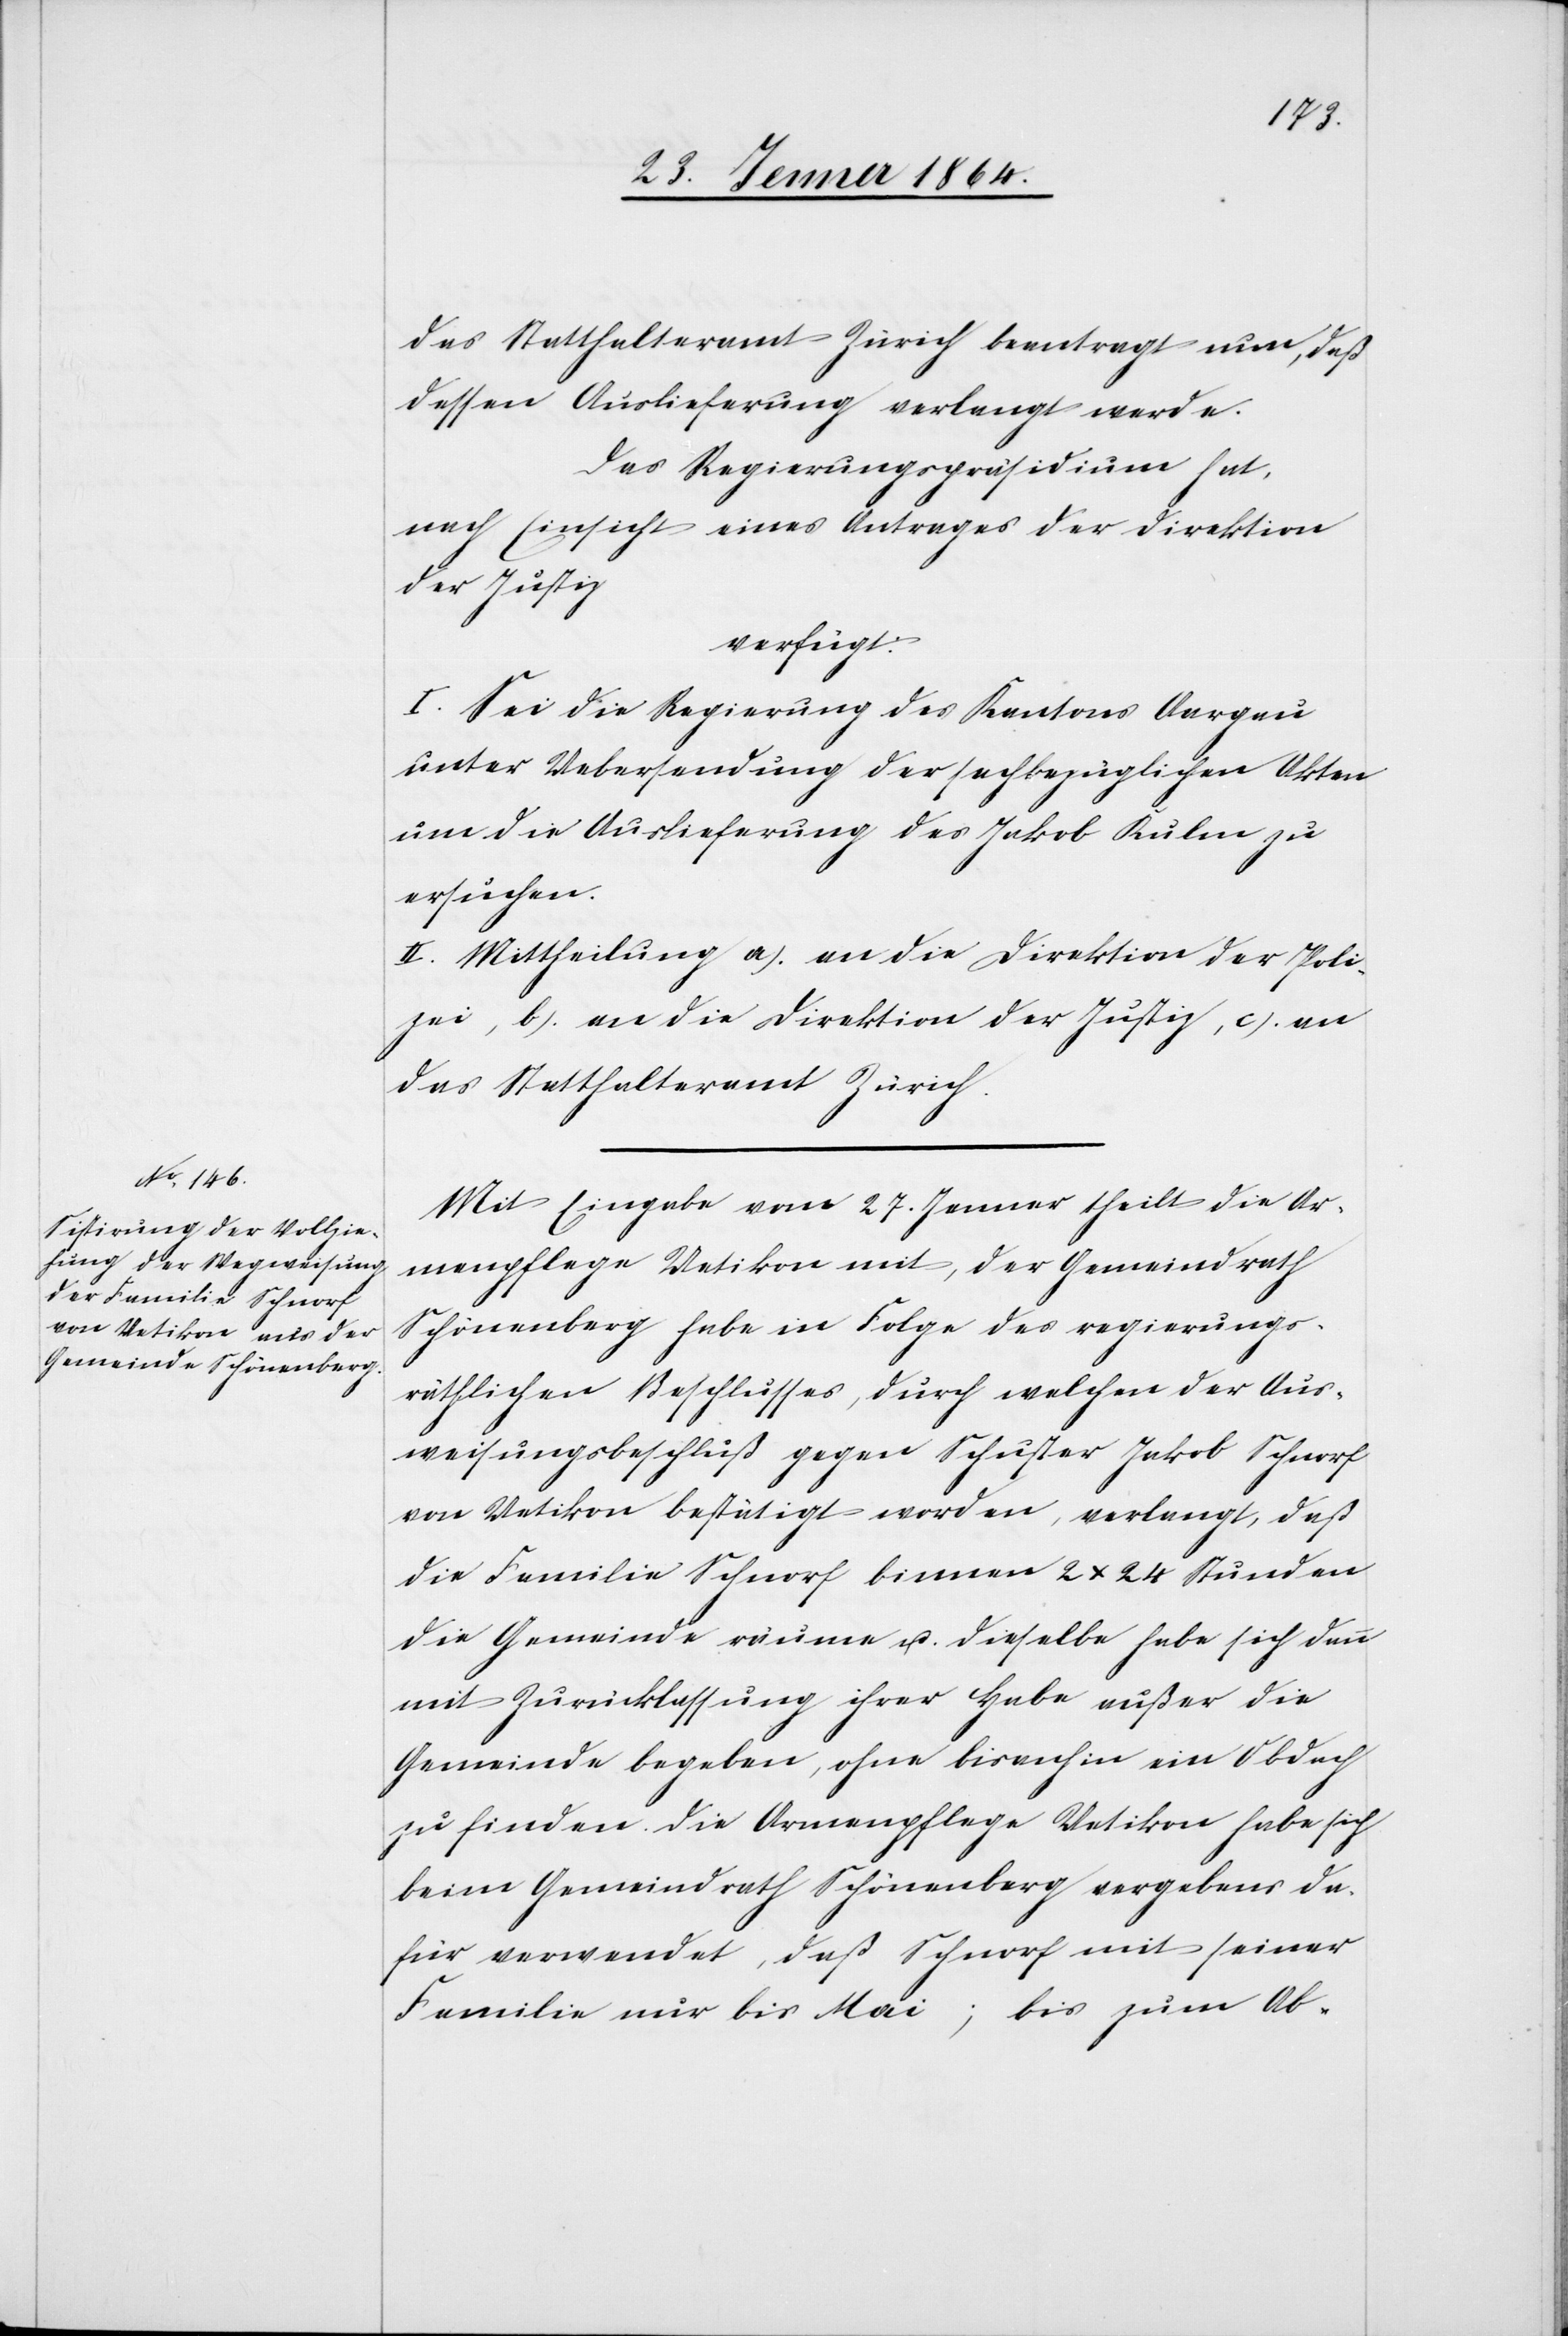
28. Jenner 1864.]
das Statthalteramt Zürich beantragt nun, daß
dessen Auslieferung verlangt werde.
Das Regierungspräsidium hat,
nach Einsicht eines Antrages der Direktion
der Justiz
verfügt:
I. Sei die Regierung des Kantons Aargau
unter Uebersendung der sachbezüglichen Akten
um die Auslieferung des Jakob Kulm zu
ersuchen.
II. Mittheilung a.) an die Direktion der Poli¬
zei, b.) an die Direktion der Justiz, c.) an
das Statthalteramt Zürich.
Mit Eingabe vom 27. Januar theilt die Ar¬
menpflege Uetikon mit, der Gemeindrath
Schönenberg habe in Folge des regierungs¬
räthlichen Beschlusses, durch welchen der Aus¬
weisungsbeschluß gegen Schuster Jakob Schnorf
von Uetikon bestätigt worden, verlangt, daß
die Familie Schnorf binnen 2 x 24 Stunden
die Gemeinde räume u. dieselbe habe sich denn
mit Zurücklassung ihrer Habe außer die
Gemeinde begeben, ohne bisanhin ein Obdach
zu finden. Die Armenpflege Uetikon habe sich
beim Gemeindrath Schönenberg vergebens da¬
für verwendet, daß Schnorf mit seiner
Familie nur bis Mai; bis zum Ab-